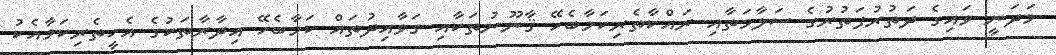
މަދަނީ ވައިގެ ދަތުރުފަތުރުގެ ސަލާމަތާއި ރައްކާތެރިކަމާބެހޭ ޤާނޫނުތަކާއި ގަވާއިދުތައް ކަމާބެހޭ އިދާރާތަކުގެ އެހީތެރިކަމާއެކު